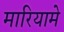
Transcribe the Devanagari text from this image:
मारियामे